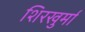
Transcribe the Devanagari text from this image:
शिरखुर्मा